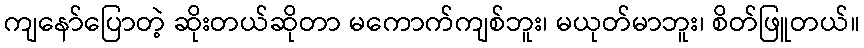
ကျနော်ပြောတဲ့ ဆိုးတယ်ဆိုတာ မကောက်ကျစ်ဘူး၊ မယုတ်မာဘူး၊ စိတ်ဖြူတယ်။